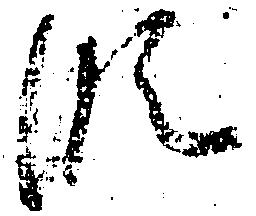
段